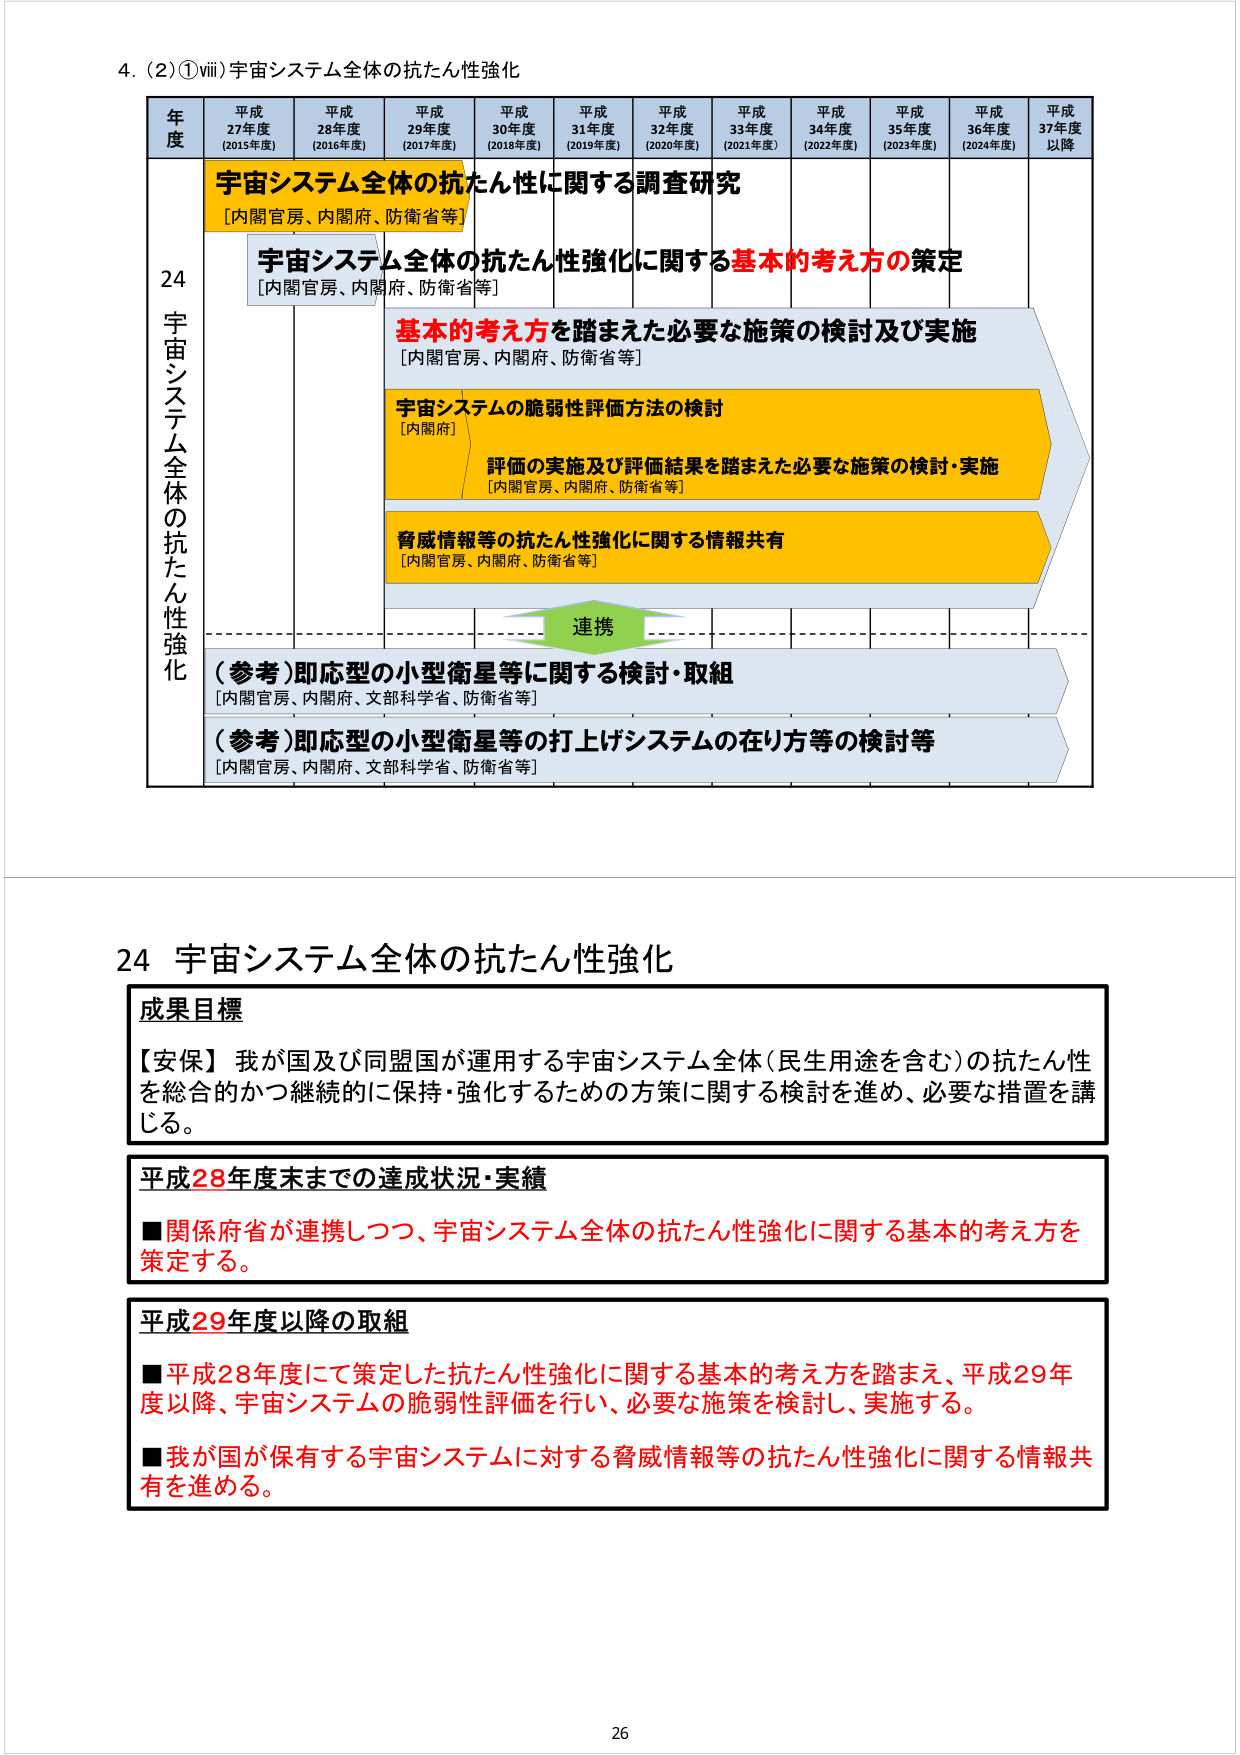
4. (2) ①ⅷ) 宇宙システム全体の抗たん性強化

年度 平成27年度 (2015年度) 平成28年度 (2016年度) 平成29年度 (2017年度) 平成30年度 (2018年度) 平成31年度 (2019年度) 平成32年度 (2020年度) 平成33年度 (2021年度) 平成34年度 (2022年度) 平成35年度 (2023年度) 平成36年度 (2024年度) 平成37年度以降

24 宇宙システム全体の抗たん性強化

宇宙システム全体の抗たん性に関する調査研究
[内閣官房、内閣府、防衛省等]

宇宙システム全体の抗たん性強化に関する基本的考え方の策定
[内閣官房、内閣府、防衛省等]

基本的考え方を踏まえた必要な施策の検討及び実施
[内閣官房、内閣府、防衛省等]

宇宙システムの脆弱性評価方法の検討
[内閣府]

評価の実施及び評価結果を踏まえた必要な施策の検討・実施
[内閣官房、内閣府、防衛省等]

脅威情報等の抗たん性強化に関する情報共有
[内閣官房、内閣府、防衛省等]

連携

(参考)即応型の小型衛星等に関する検討・取組
[内閣官房、内閣府、文部科学省、防衛省等]

(参考)即応型の小型衛星等の打上げシステムの在り方等の検討等
[内閣官房、内閣府、文部科学省、防衛省等]

24 宇宙システム全体の抗たん性強化

成果目標
【安保】我が国及び同盟国が運用する宇宙システム全体（民生用途を含む）の抗たん性を総合的かつ継続的に保持・強化するための方策に関する検討を進め、必要な措置を講じる。

平成28年度末までの達成状況・実績
■関係府省が連携しつつ、宇宙システム全体の抗たん性強化に関する基本的考え方を策定する。

平成29年度以降の取組
■平成28年度にて策定した抗たん性強化に関する基本的考え方を踏まえ、平成29年度以降、宇宙システムの脆弱性評価を行い、必要な施策を検討し、実施する。
■我が国が保有する宇宙システムに対する脅威情報等の抗たん性強化に関する情報共有を進める。

26